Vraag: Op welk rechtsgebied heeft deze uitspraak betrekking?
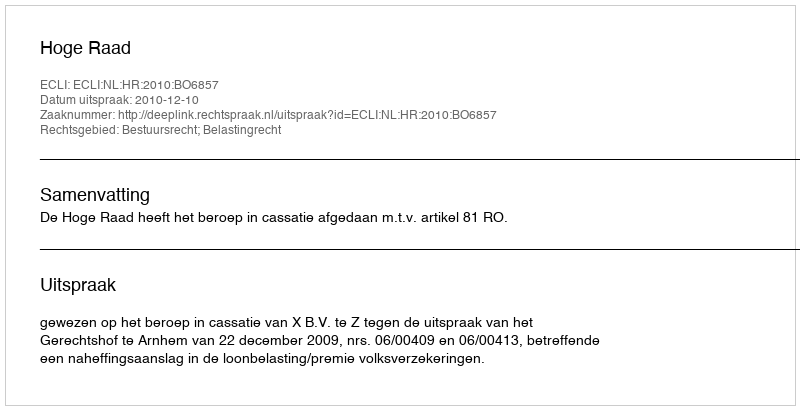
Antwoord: Bestuursrecht; Belastingrecht